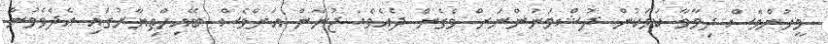
މީހުންވެސް ދިމާވާ ކަމަކުން ދުޝްމަނުންނަށް ވެގެން ދެއެވެ. ޖުނާން އަށްވެސް ބޭއިހްތިޔާރުގައި އެދެވެމުން